Report on vaccination in the Province of Bengal - 1869-1873
Year: 1869
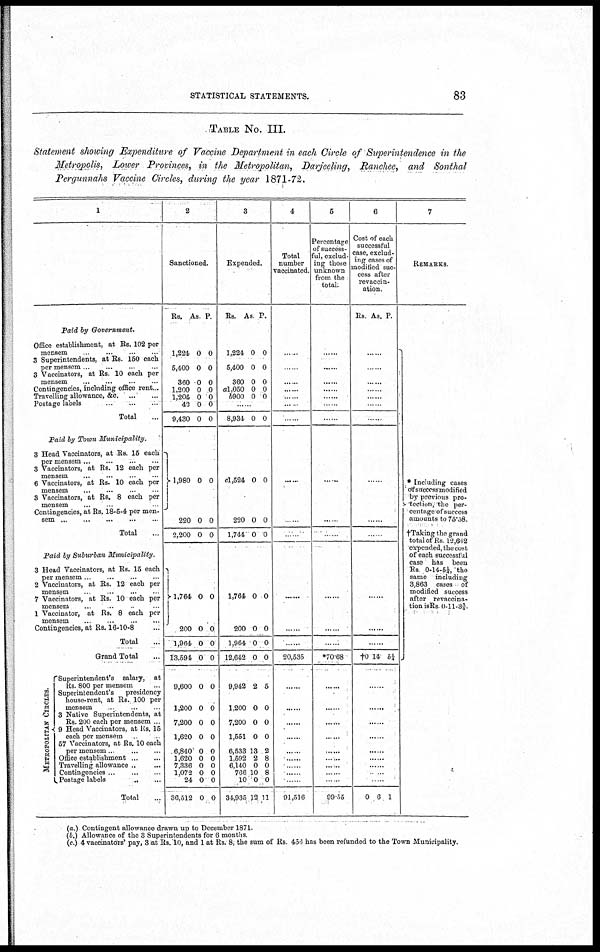
STATISTICAL STATEMENTS.
83
TABLE No. III.
Statement showing Expenditure of Vaccine Department in each Circle of Superintendence in the
Metropolis, Lower Provinces, in the Metropolitan, Darjeeling, Ranchee, and Sonthal
Pergunnahs Vaccine Circles, during the year 1871-72.
1
Paid by Government.
Office establishment, at Rs. 102 per
mensem
...
...
...
3 Superintendents, at Rs 150 each
per mensem... ... ...
3 Vaccinators, at Rs 10 each per
mensem
...
...
...
Contingencies, including office rent...
Travelling allowance, &c. ... ...
Postage labels
...
...
...
...
Total...
Paid by Town
Municipality.
3 Head Vaccinators, at Rs. 15 each
per
mensem...
...
...
...
3 Vaccinators, at Rs. 12 each per
mensem ... ... ...
6 Vaccinators, at Rs. 10 each per
mensem ... ... .
3 Vaccinators, at Rs. 8 each per
mensem... .
Contingencies, at Rs. 18-5-4 per men-
sem
...
...
...
...
Total...
Paid by Suburban
Municipality.
3 Head Vaccinators, at Rs. 15 each
per mensem.. ... ... ..
2 Vaccinators, at Rs. 12 each per
mensem. ... ...
7 Vaccinators, at Rs. 10 each per
mensem... .. .
1 Vaccinator, at Rs. 8 each per
mensem ... ... ...
Contingencies, at Rs. 16-10-8...
Total...
Grand Total...
METROPOLITAN CIRCLES.
Superintendent's salary, at
Rs. 800 per mensem...
Superintendent's
presidency
house-rent, at Rs. 100 per
mensem. ... ... ...
3 Native Superintendents, at
Rs. 200 each per mensem ...
9 Head Vaccinators, at Rs. 15
each per mensem.
57 Vaccinators, at Rs. 10 each
per mensem... ... ... ...
Office
establishment...
...
Travelling allowance ... ...
Contingencies...
...
...
Postage
labels...
...
Total...
2
Sanctioned.
Rs. As p
1,224
5,400
360
1,200
1,204
42
9,430
0
0
0
0
0
0
0
0
0
0
0
0
0
0
1,980
220
2,200
0
0
0
0
0
0
1,764
200
1,964
13,594
9,600
1,200
7,200
1,620
6,840
1,620
7,336
1,072
24
36,512
0
0
0
0
0
0
0
0
0
0
0
0
0
0
0
0
0
0
0
0
0
0
0
0
0
0
0
0
3
Expended.
Rs.
As P.
1,224
5,400
360
al,050
b900
0
0
0
0
0
0
0
0
0
0
......
8,934 0 0
c1,524
220
1,744
0
0
0
0
0
0
1,764
200
1,964
12,642
9,942
1,200
7,200
1,551
6,533
1,592
6,140
766
10
34,935
0
0
0
0
2
0
0
0
13
2
0
10
0
12
0
0
0
0
5
0
0
0
2
8
0
8
0
11
4
Total
number
vaccinated.
......
......
......
......
......
......
... ...
......
......
......
......
......
......
20,535
......
......
......
......
......
......
......
......
......
91,516
5
Percentage
of success-
ful, exclud-
ing those
unknown
from the
total.
......
......
......
......
......
......
......
......
......
......
......
......
......
*70.68
......
......
......
......
......
......
......
......
......
99.55
6
Cost of each
successful
case, exclud-
ing cases of
modified suc-
cess after
revaccin-
ation.
Rs. As. P.
......
......
......
......
......
......
......
......
......
......
......
......
......
†0 14 5¼
......
......
......
......
......
......
......
......
......
0 6 1
7
REMARKS
* Including cases
of success modified
by previous pro
tection, the per-
centage of success
amounts to 75.58.
expended, the cost
of each successful
case has been
Rs 0-14-5¼, the
same including
3,863 cases of
modified success
after revaccina-
tion is Rs 0-11-3¾
(a.) Contingent allowance drawn up to December 1871.
(b.) Allowance of the 3 Superintendents for 6 months
(c.) 4 vaccinators' pay, 3 at Rs. 10, and 1 at Rs. 8, the sum of Rs 456 has been refunded to the Town Municipality.